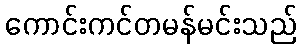
ကောင်းကင်တမန်မင်းသည်